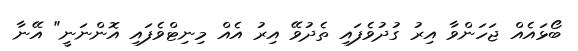
ބޯޅައެއް ޖަހަންވާ އިރު ގުދުވެފައި ތެދުވޭ އިރު އެއް މިނިޓްވެފައި އޮންނަނީ" އޭނާ